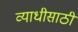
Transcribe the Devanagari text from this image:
व्याधीसाठी